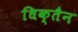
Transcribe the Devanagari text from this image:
धिक्तैन